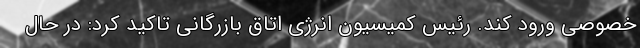
خصوصی ورود کند. رئیس کمیسیون انرژی اتاق بازرگانی تاکید کرد: در حال